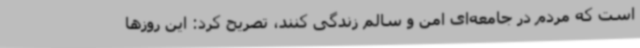
است که مردم در جامعه‌ای امن و سالم زندگی کنند، تصریح کرد: این روزها